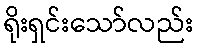
ရိုးရှင်းသော်လည်း